Document type: Sale
Year: 1274
Scribe: [Unknown]
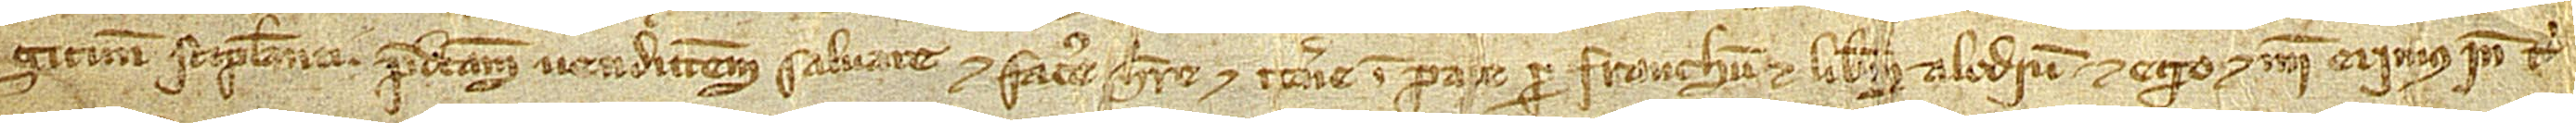
gitime stipulanti predictam venditionem salvare et facere, habere et tenere in pace per franchum et liberum alodium. Et ego et mei erimus inde tibi